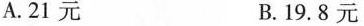
A.21元 B.19.8元